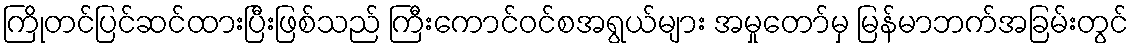
ကြိုတင်ပြင်ဆင်ထားပြီးဖြစ်သည် ကြီးကောင်ဝင်စအရွယ်များ အမှုတော်မှ မြန်မာဘက်အခြမ်းတွင်